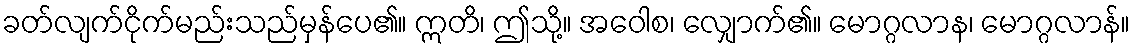
ခတ်လျက်ငိုက်မည်းသည်မှန်ပေ၏။ ဣတိ၊ ဤသို့။ အဝေါစ၊ လျှောက်၏။ မောဂ္ဂလာန၊ မောဂ္ဂလာန်။